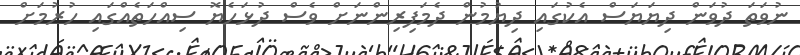
ނުވަތަ ދުވަން ދިޔަޔަސް އެކުގައި ދިޔުމުން ދެމަފިރިންނަށް ވެސް ދުޅަހެޔޮ ސިއްހަތެއްގައި ހުރުމަށް